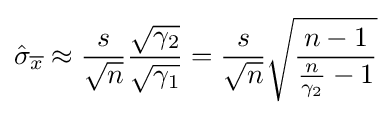
{\hat {\sigma }}_{\overline {x}}\approx {\frac {s}{\sqrt {n}}}{\frac {\sqrt {\gamma _{2}}}{\sqrt {\gamma _{1}}}}={\frac {s}{\sqrt {n}}}{\sqrt {\frac {n-1}{{\frac {n}{\gamma _{2}}}-1}}}